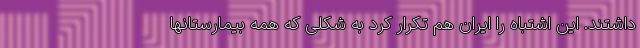
داشتند. این اشتباه را ایران هم تکرار کرد به شکلی که همه بیمارستانها